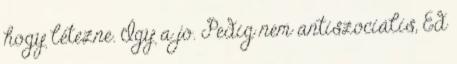
hogy létezne. Így a jó. Pedig nem antiszociális, Ed